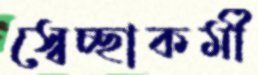
স্বেচ্ছাকর্মী